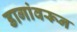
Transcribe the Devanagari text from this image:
डागांवरून